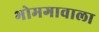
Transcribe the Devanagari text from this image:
भोमगावाला